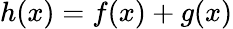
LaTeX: h(x)=f(x)+g(x)